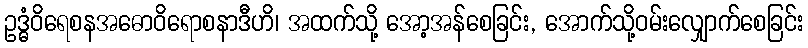
ဥဒ္ဓံဝိရေစနအဓောဝိရောစနာဒီဟိ၊ အထက်သို့ အော့အန်စေခြင်း, အောက်သို့ဝမ်းလျှောက်စေခြင်း